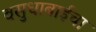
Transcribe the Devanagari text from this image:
वसुधाबाईचा